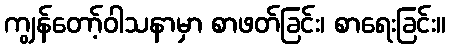
ကျွန်တော့်ဝါသနာမှာ စာဖတ်ခြင်း၊ စာရေးခြင်း။